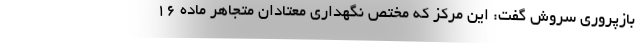
بازپروری سروش گفت: این مرکز که مختص نگهداری معتادان متجاهر ماده ۱۶